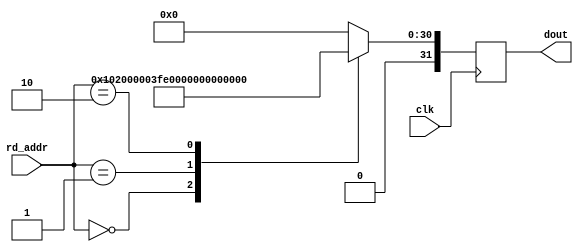
module ipsxe_floating_point_rom_a #(
    parameter EXP_WIDTH = 8,
    parameter MAN_WIDTH = 23
) (
    input clk,
    input [3:0] rd_addr,
    output reg [(1+EXP_WIDTH+MAN_WIDTH)-1:0] dout
);

always @(posedge clk) begin: blk_rom_a
    case(rd_addr)
    4'd0: dout <= {1'b0, 1'b1, {(EXP_WIDTH-2){1'b0}}, 1'b1, {(MAN_WIDTH){1'b0}}}; // 32'h40800000; // 4;
    4'd1: dout <= {1'b0, {EXP_WIDTH{1'b1}}, 1'b1, {(MAN_WIDTH-1){1'b0}}}; // NaN
    4'd2: dout <= {1'b0, {EXP_WIDTH{1'b1}}, {MAN_WIDTH{1'b0}}}; // +inf
    4'd3: dout <= 0;
    default: dout <= 0;
    endcase
end

endmodule